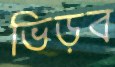
ভিড়ব